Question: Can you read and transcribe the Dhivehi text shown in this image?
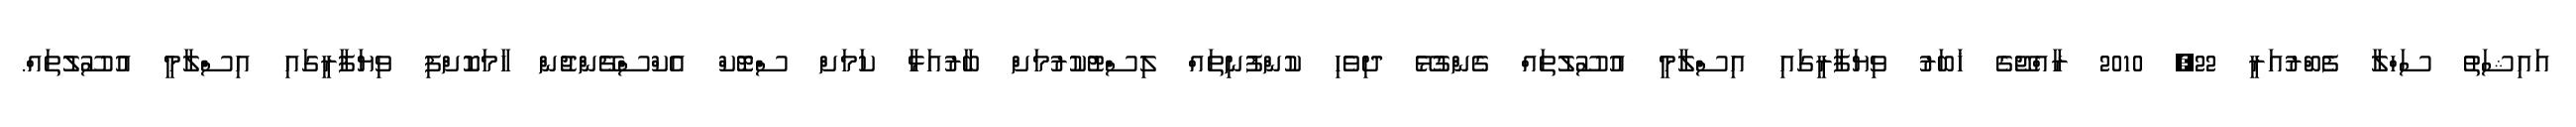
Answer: އައިޝަތު ސަހްލާ ފެބްރުއަރީ 22, 2010 ރާއްޖޭގެ ޚަބަރު ވިޔަފާރީގައި އިސްލާމީ އުސޫލުތައް ގެންގުޅޭ ދިވެހި ކުންފުނިތައް ލިސްޓުކުރުމަށް ބާރުއަޅާ ކަމަށް ސްޓޮކް އެކްސްޗޭންޖުން ހާމަކޮށްފި ވިޔަފާރީގައި އިސްލާމީ އުސޫލުތައް.